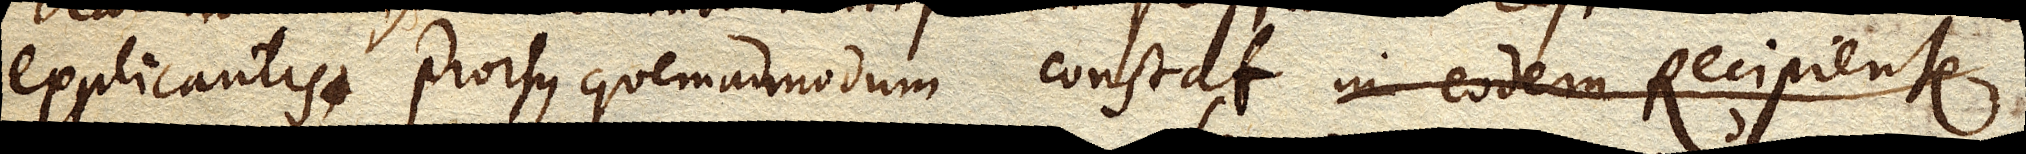
explicantis. Prorsus quemadmodum constat in eodem Recipiente